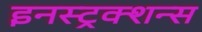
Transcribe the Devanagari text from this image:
इनस्ट्रक्शन्स